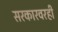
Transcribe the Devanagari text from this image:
सरकारवरही